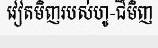
វៀតមិញរបស់ហូ-ជីមិញ